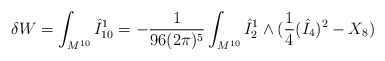
\begin{align*}\delta W = \int_{M^{10}} \hat{I}^1_{10} = - \frac{1}{96(2\pi)^5} \int_{M^{10}} \hat{I}^1_2 \wedge (\frac{1}{4} (\hat{I}_4)^2 - X_8)\end{align*}